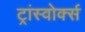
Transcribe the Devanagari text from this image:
ट्रांस्वोर्क्स